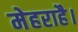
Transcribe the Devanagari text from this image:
मेहराहै।